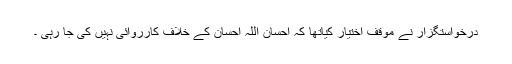
درخواستگزار نے موقف اختیار کیاتھا کہ احسان اللہ احسان کے خلاف کارروائی نہیں کی جا رہی ۔